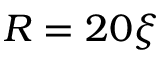
R = 2 0 \xi